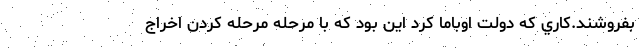
بفروشند.كاري كه دولت اوباما كرد اين بود كه با مرحله مرحله كردن اخراج